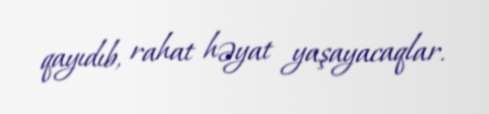
qayıdıb, rahat həyat yaşayacaqlar.